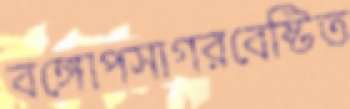
বঙ্গোপসাগরবেষ্টিত